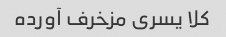
کلا یسری مزخرف آورده